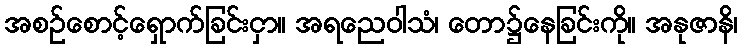
အစဉ်စောင့်ရှောက်ခြင်းငှာ။ အရညေဝါသံ၊ တော၌နေခြင်းကို။ အနုဇာနိ၊